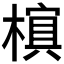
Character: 𬄖